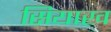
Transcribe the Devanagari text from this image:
सियाख